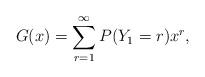
LaTeX: \begin{align*} G(x) = \sum_{r=1}^\infty P(Y_1=r) x^r,\end{align*}